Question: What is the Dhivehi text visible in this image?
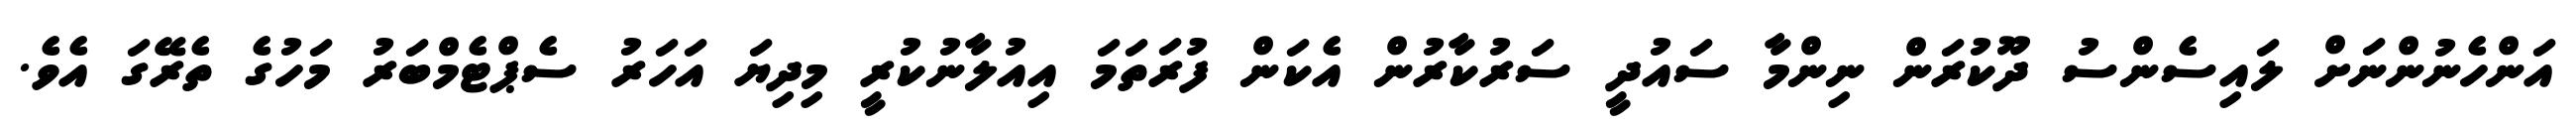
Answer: އަންހެނުންނަށް ލައިސެންސު ދޫކުރަން ނިންމާ ސައުދީ ސަރުކާރުން އެކަން ފުރަތަމަ އިއުލާނުކުރީ މިދިޔަ އަހަރު ސެޕްޓެމްބަރު މަހުގެ ތެރޭގަ އެވެ.